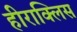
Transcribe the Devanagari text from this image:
हीराक्लिस